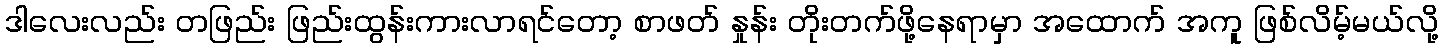
ဒါလေးလည်း တဖြည်း ဖြည်းထွန်းကားလာရင်တော့ စာဖတ် နှုန်း တိုးတက်ဖို့နေရာမှာ အထောက် အကူ ဖြစ်လိမ့်မယ်လို့